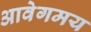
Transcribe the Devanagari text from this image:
आवेगमय